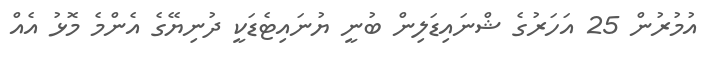
އުމުރުން 25 އަހަރުގެ ޝްނައިޑަލިން ބުނީ ޔުނައިޓެޑަކީ ދުނިޔޭގެ އެންމެ މޮޅު އެއް